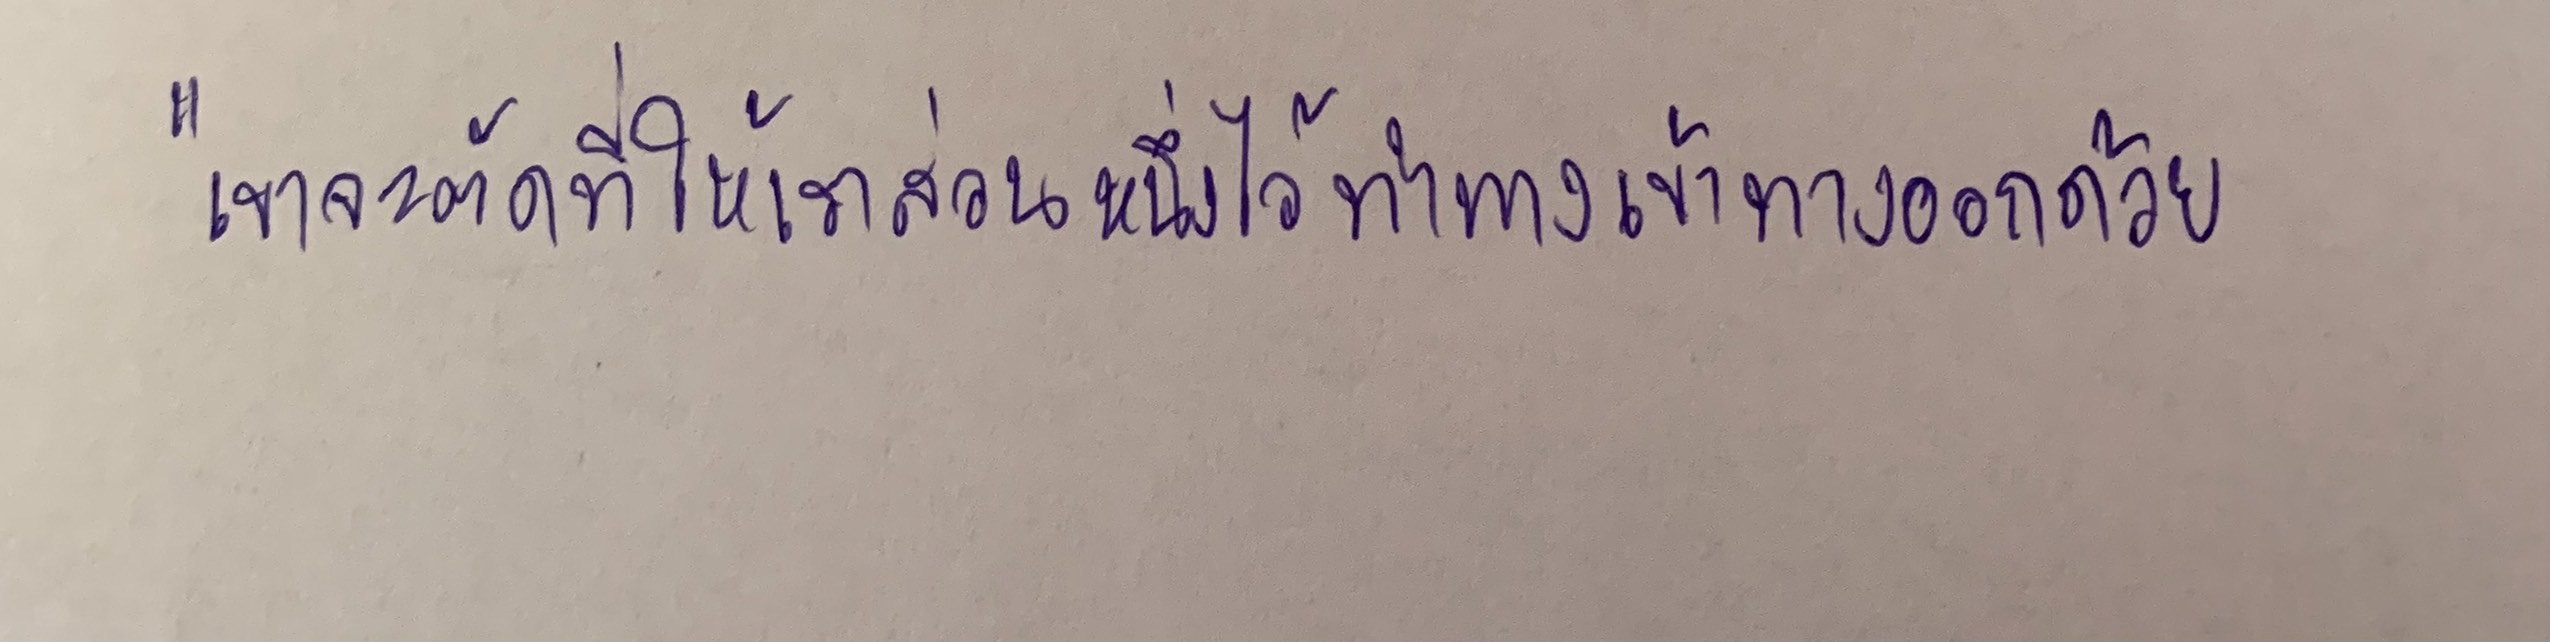
"เขาจะตัดที่ให้เราส่วนหนึ่งไว้ทำทางเข้าทางออกด้วย